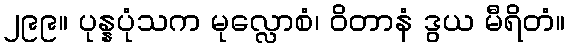
၂၉၉။ ပုန္နပုံသက မုလ္လောစံ၊ ဝိတာနံ ဒွယ မီရိတံ။